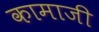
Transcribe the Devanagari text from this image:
कामाजी